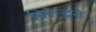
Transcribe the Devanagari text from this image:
बिरेन्द्रने